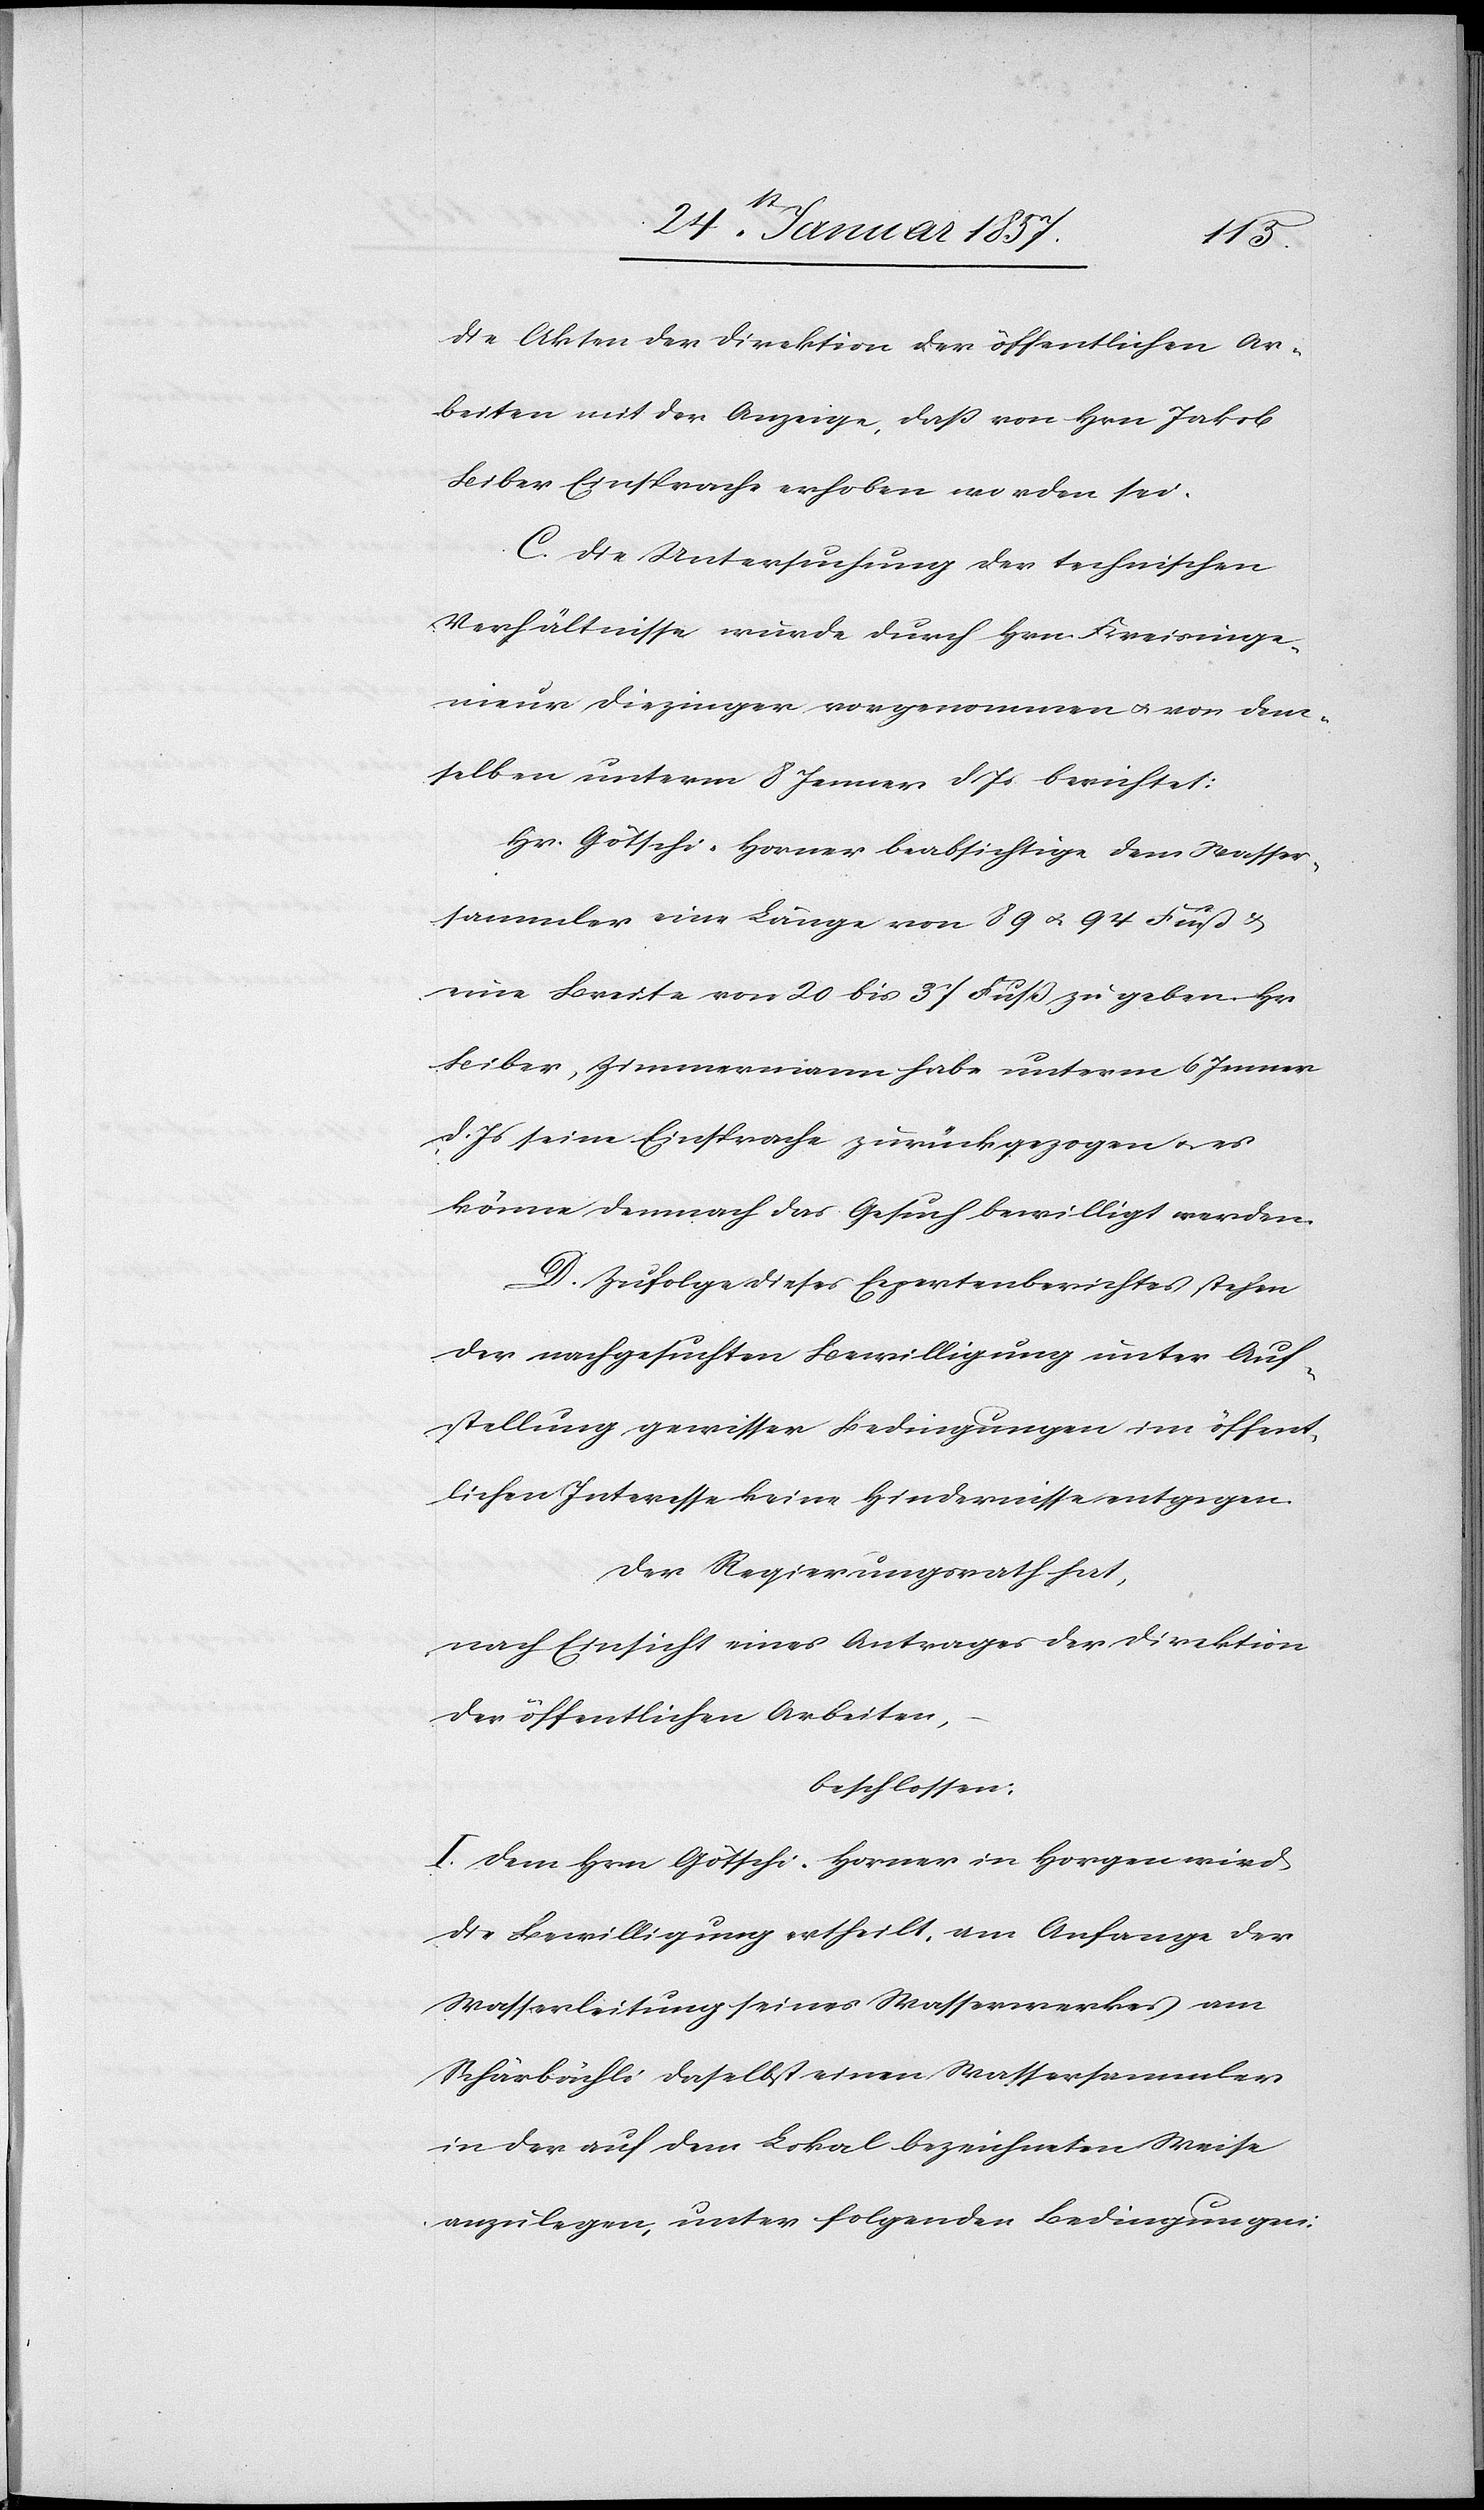
die Akten der Direktion der öffentlichen Ar¬
beiten mit der Anzeige, daß von Hrn Jakob
Biber Einsprache erhoben worden sei.
C. Die Untersuchung der technischen
Verhältnisse wurde durch Hrn. Kreisinge¬
nieur Diezinger vorgenommen & von dem¬
selben unterm 8 Jenner d. Js berichtet:
Hr. Götschi-Horner beabsichtige dem Wasser¬
sammler eine Länge von 89 u. 94 Fuß &
eine Breite von 20 bis 37 Fuß zu geben. Hr
Biber, Zimmermann habe unterm 6 Jenner
d. Js seine Einsprache zurückgezogen u. es
könne demnach das Gesuch bewilligt werden.
D. Zufolge dieses Expertenberichtes stehen
der nachgesuchten Bewilligung unter Auf¬
stellung gewisser Bedingungen im öffent¬
lichen Interesse keine Hindernisse entgegen.
Der Regierungsrath hat,
nach Einsicht eines Antrages der Direktion
der öffentlichen Arbeiten,
beschlossen:
I. Dem Hrn Götschi-Horner in Horgen wird
die Bewilligung ertheilt, am Anfange der
Wasserleitung seines Wasserwerkes am
Schärbächli daselbst einen Wassersammler
in der auf dem Lokal bezeichneten Weise
anzulegen, unter folgenden Bedingungen: